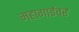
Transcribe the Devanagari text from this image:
महागाईवर